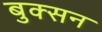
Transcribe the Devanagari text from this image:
बुक्सन